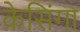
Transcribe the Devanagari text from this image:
केसिंगा